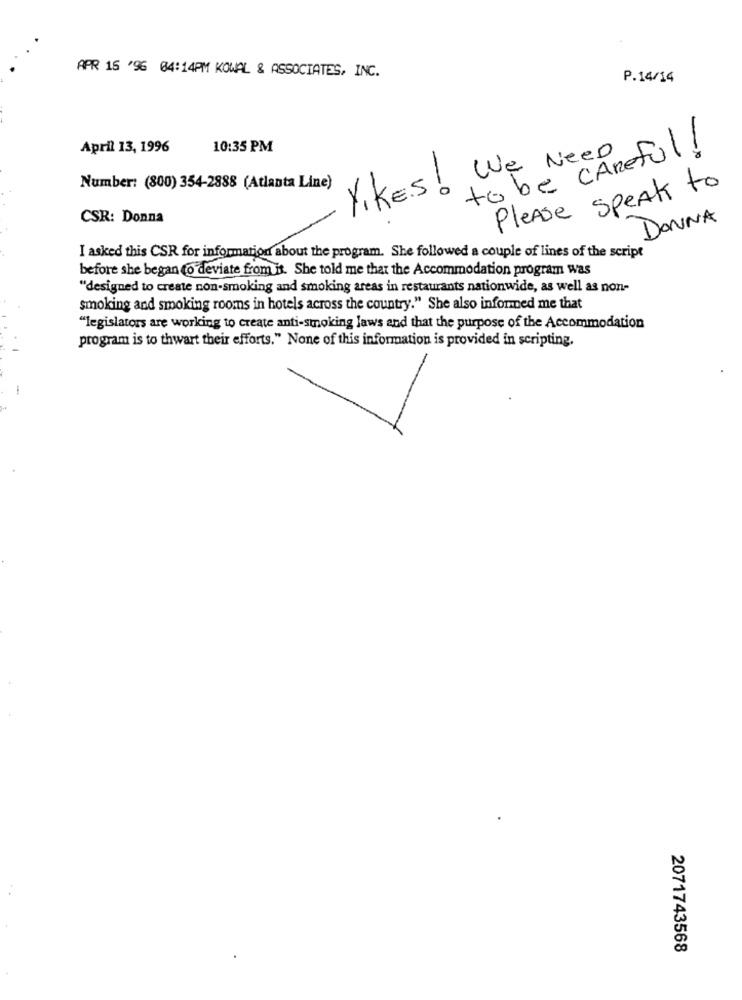
APR 15 '96 04:14PM KOWAL & ASSOCIATES, INC.
P.14/14
April 13, 1996
10:35 PM
We Need ful !
Number: (800) 354-2888 (Atlanta Line)
-0
Please speak to
S
Yikes!
CSR: Donna
DONNA
I asked this CSR for information about the program. She followed a couple of lines of the script
before she began to deviate from is. She told me that the Accommodation program was
"designed to create non-smoking and smoking areas in restaurants nationwide, as well as non-
smoking and smoking rooms in hotels across the country." She also informed me that
"legislators are working to create anti-smoking laws and that the purpose of the Accommodation
program is to thwart their efforts." None of this information is provided in scripting.
2071743568